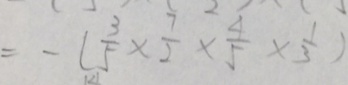
= - ( \frac { 3 } { 5 } \times \frac { 7 } { 2 } \times \frac { 4 } { 5 } \times \frac { 1 } { 3 } )